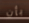
بأن